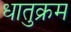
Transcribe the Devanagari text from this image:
धातुक्रम